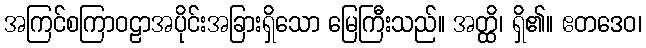
အကြင်စကြာဝဠာအပိုင်းအခြားရှိသော မြေကြီးသည်။ အတ္ထိ၊ ရှိ၏။ ဧတဒေဝ၊